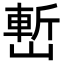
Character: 㟻